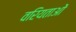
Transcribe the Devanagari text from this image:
वरियताओं